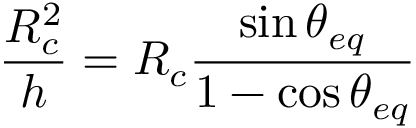
\frac { R _ { c } ^ { 2 } } { h } = R _ { c } \frac { \sin { \theta _ { e q } } } { 1 - \cos { \theta _ { e q } } }